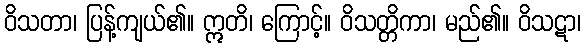
ဝိသတာ၊ ပြန့်ကျယ်၏။ ဣတိ၊ ကြောင့်။ ဝိသတ္တိကာ၊ မည်၏။ ဝိသဋာ၊